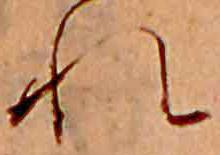
れ